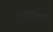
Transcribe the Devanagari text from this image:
सार्वत्रिकपणे